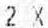
2 X